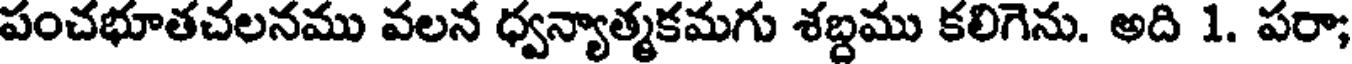
పంచభూతచలనము వలన ధ్వన్యాత్మకమగు శబ్దము కలిగెను. అది 1. పరా;